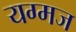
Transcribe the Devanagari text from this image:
यग्मज